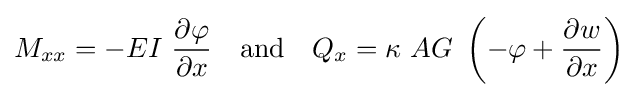
M_{xx}=-EI~{\frac {\partial \varphi }{\partial x}}\quad {\text{and}}\quad Q_{x}=\kappa ~AG~\left(-\varphi +{\frac {\partial w}{\partial x}}\right)